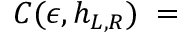
{ \cal C } ( \epsilon , h _ { L , R } ) \; = \;